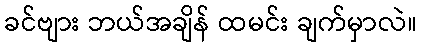
ခင်ဗျား ဘယ်အချိန် ထမင်း ချက်မှာလဲ။